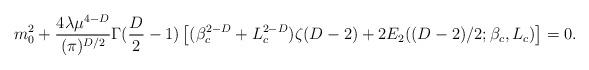
LaTeX: \begin{align*}m_{0}^{2}+\frac{4\lambda \mu ^{4-D}}{(\pi )^{D/2}}\Gamma (\frac{D}{2}-1) \left[ (\beta _{c}^{2-D}+L_{c}^{2-D})\zeta (D-2)+2E_{2}((D-2)/2;\beta_{c},L_{c})\right] =0. \end{align*}